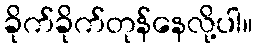
ခိုက်ခိုက်တုန်နေလို့ပါ။